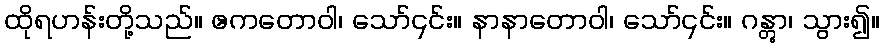
ထိုရဟန်းတို့သည်။ ဧကတောဝါ၊ သော်၎င်း။ နာနာတောဝါ၊ သော်၎င်း။ ဂန္တွာ၊ သွား၍။